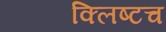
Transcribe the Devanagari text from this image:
क्लिष्टच